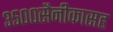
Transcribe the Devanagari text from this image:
३५००सैनीकासह